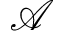
\mathcal { A }